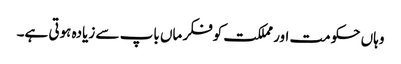
وہاں حکومت اور مملکت کوفکر ماں باپ سے زیادہ ہوتی ہے۔